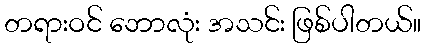
တရားဝင် ဘောလုံး အသင်း ဖြစ်ပါတယ်။